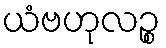
ယံဗဟုလဉ္စ